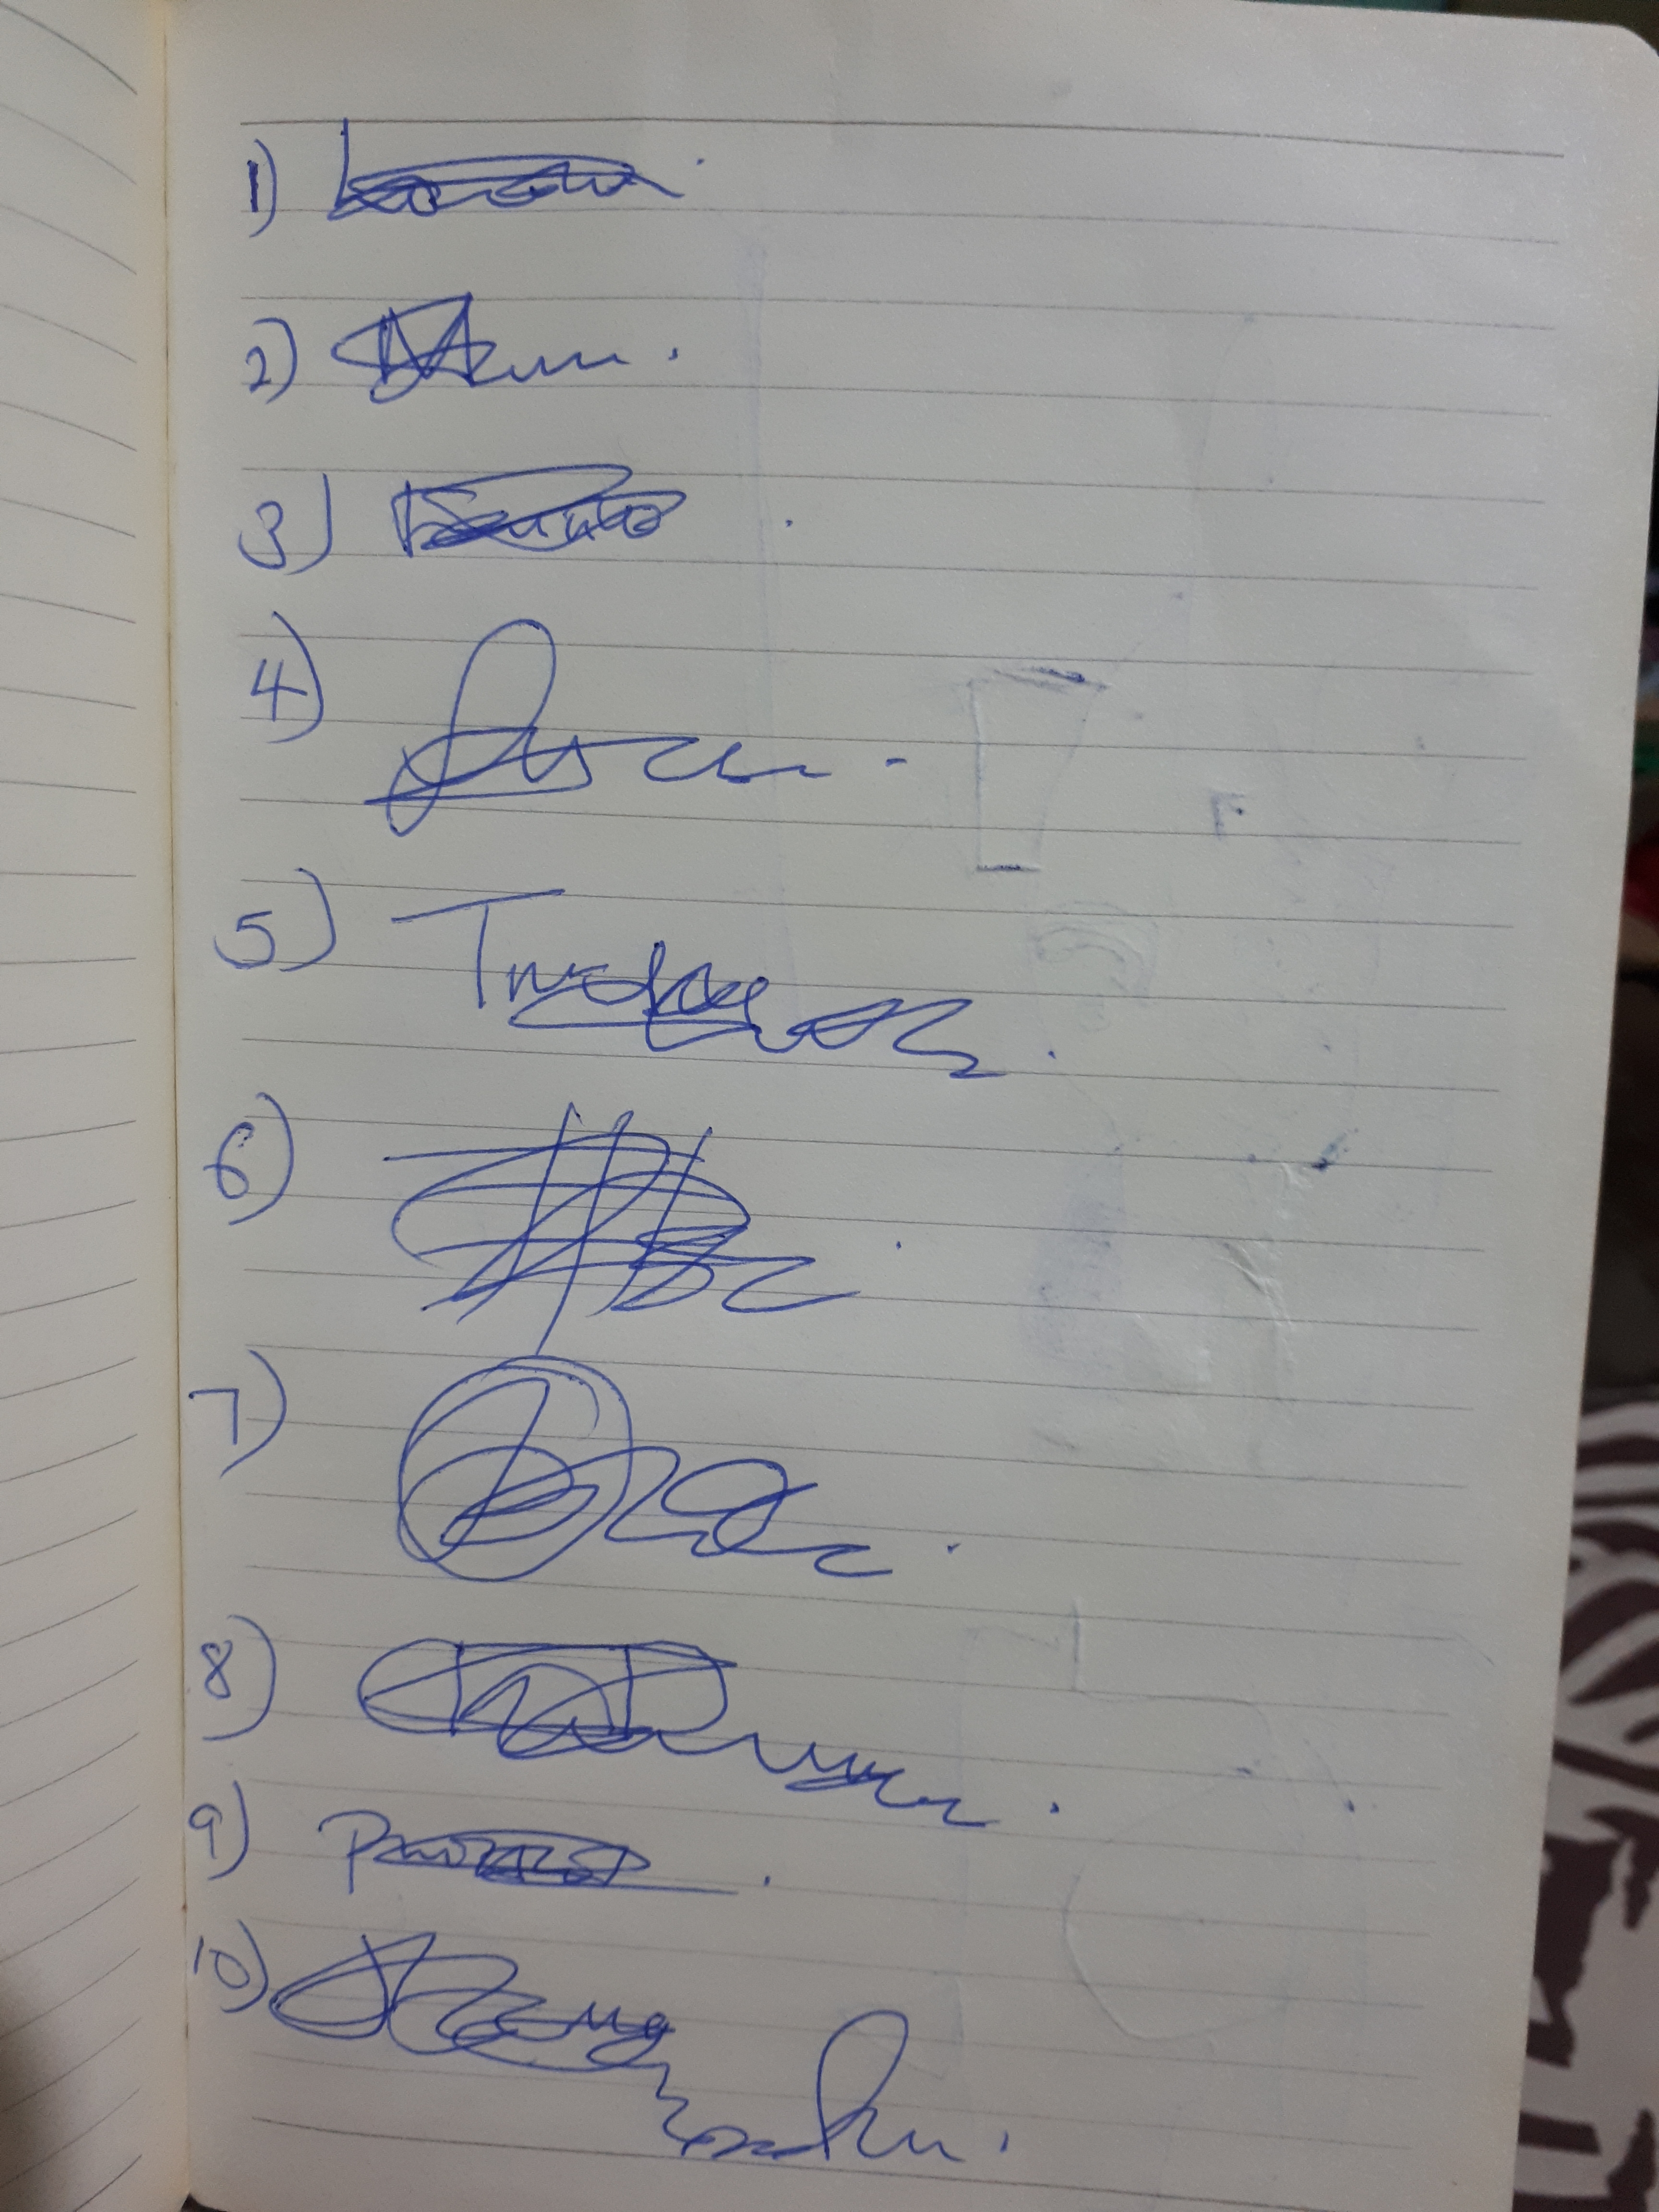
Signature authenticity: genuine